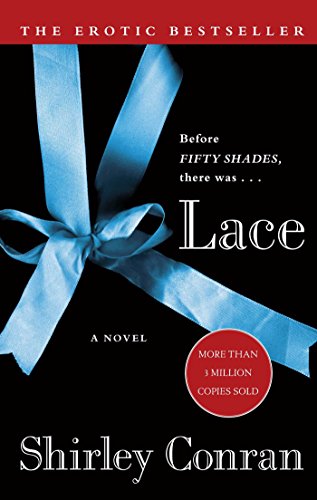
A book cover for Lace: A Novel; Shirley Conran; Crafts, Hobbies & Home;